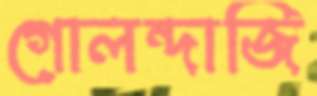
গোলন্দাজি